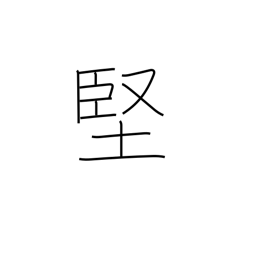
Meaning: tough